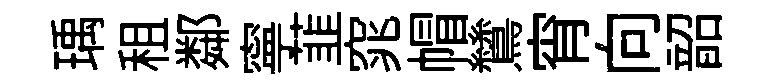
瑀租鄰寧韮窕帽鷥宵向韶